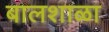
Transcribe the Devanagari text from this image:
बालशाळा